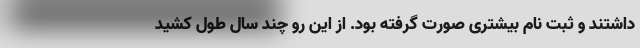
داشتند و ثبت نام بیشتری صورت گرفته بود. از این رو چند سال طول کشید